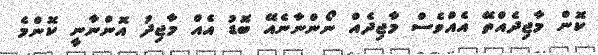
ކޮން މާޖިދެއްތޭ އެއްވެސް މާޖިދެއް ނޯންނާނެއޭ ބޮޑު އެއް މާޖިދު އޮންނާނީ ކޮންމެ